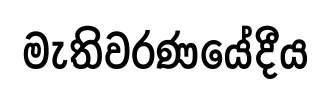
මැතිවරණයේදීය